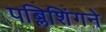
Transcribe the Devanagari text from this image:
पब्लिशिंगने